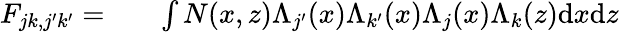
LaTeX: \begin{array}{rlr}{F_{jk,j^{\prime}k^{\prime}}=}&{{}}&{\int N(x,z)\Lambda_{j^{\prime}}(x)\Lambda_{k^{\prime}}(x)\Lambda_{j}(x)\Lambda_{k}(z)\mathrm{d}x\mathrm{d}z}\end{array}